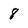
Character: 8